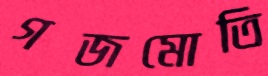
গজমোতি